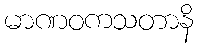
မာဏဝကသတာနိ